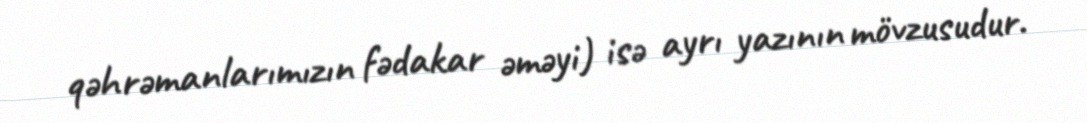
qəhrəmanlarımızın fədakar əməyi) isə ayrı yazının mövzusudur.